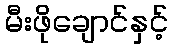
မီးဖိုချောင်နှင့်